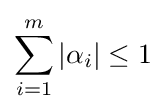
\sum _{i=1}^{m}|\alpha _{i}|\leq 1